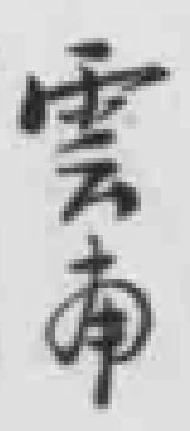
雲南